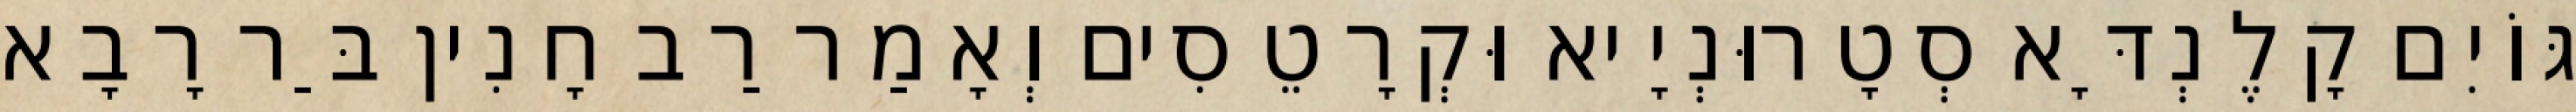
גּוֹיִם קָלֶנְדָּא סְטָרוּנְיָיא וּקְרָטֵסִים וְאָמַר רַב חָנִין בַּר רָבָא